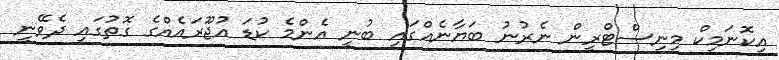
އިކޮނަމިކް މިނިސްޓްރީން ނެރުނު ބަޔާނެއްގައި ބުނީ އެންމެ ކުޑަ އުޖޫރައެއްގެ ގޮތުގައި ދެވޭނީ